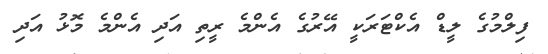
ފިލްމުގެ ލީޑް އެކްޓަރަކީ އޭރުގެ އެންމެ ރީތި އަދި އެންމެ މޮޅު އަދި